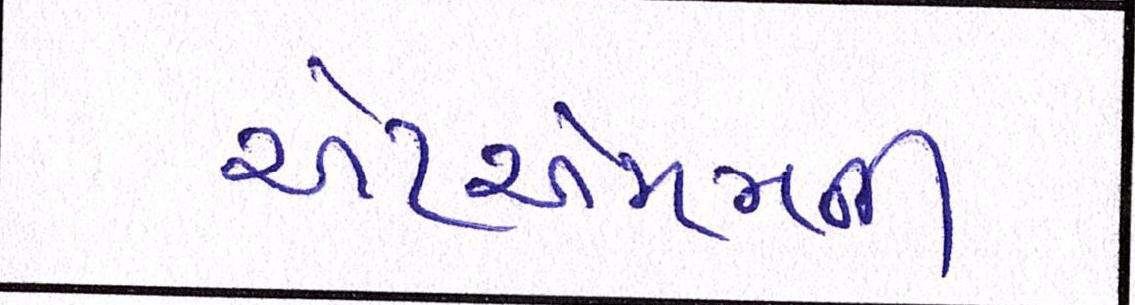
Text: એટીએમની